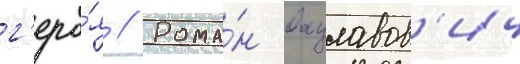
г'еро́я // Рома́н вацлавов'ич